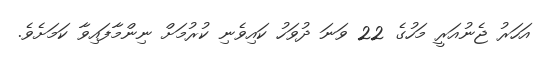
އަހަރު ޖެނުއަރީ މަހުގެ 22 ވަނަ ދުވަހު ކައިވެނި ކުރުމަށް ނިންމާފައިވާ ކަމަށެވެ.